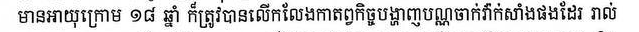
មានអាយុក្រោម ១៨ឆ្នាំ ក៏ត្រូវបានលើកលែងកាតព្វកិច្ចបង្ហាញបណ្ណចាក់វ៉ាក់សាំងផងដែរ ដល់